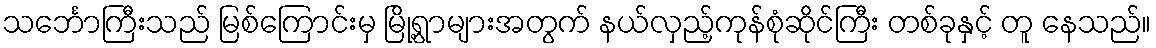
သင်္ဘောကြီးသည် မြစ်ကြောင်းမှ မြို့ရွာများအတွက် နယ်လှည့်ကုန်စုံဆိုင်ကြီး တစ်ခုနှင့် တူ နေသည်။